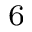
^ 6